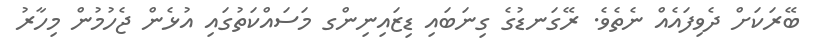
ބޭރަކަށް ދެވިފައެއް ނެތެވެ. ރޭގަނޑުގެ ގިނަބައި ޑިޒައިނިންގ މަސައްކަތުގައި އުޅެން ޖެހުމުން މިހާރު